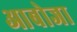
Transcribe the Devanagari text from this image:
आबोजा